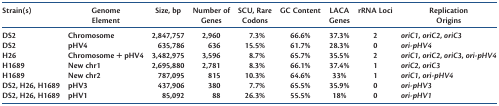
<table><thead><tr><td><b>Strain(s)</b></td><td><b>Genome Element</b></td><td><b>Size, bp</b></td><td><b>Number of Genes</b></td><td><b>SCU, Rare Codons</b></td><td><b>GC Content</b></td><td><b>LACA Genes</b></td><td><b>rRNA Loci</b></td><td><b>Replication Origins</b></td></tr></thead><tbody><tr><td>DS2</td><td>Chromosome</td><td>2,847,757</td><td>2,960</td><td>7.3%</td><td>66.6%</td><td>37.3%</td><td>2</td><td><i>oriC1</i>, <i>oriC2</i>, <i>oriC3</i></td></tr><tr><td>DS2</td><td>pHV4</td><td>635,786</td><td>636</td><td>15.5%</td><td>61.7%</td><td>28.3%</td><td>0</td><td><i>ori-pHV4</i></td></tr><tr><td>H26</td><td>Chromosome + pHV4</td><td>3,482,975</td><td>3,596</td><td>8.7%</td><td>65.7%</td><td>35.5%</td><td>2</td><td><i>oriC1</i>, <i>oriC2</i>, <i>oriC3</i>, <i>ori-pHV4</i></td></tr><tr><td>H1689</td><td>New chr1</td><td>2,695,880</td><td>2,781</td><td>8.3%</td><td>66.1%</td><td>37.4%</td><td>1</td><td><i>oriC2</i>, <i>oriC3</i></td></tr><tr><td>H1689</td><td>New chr2</td><td>787,095</td><td>815</td><td>10.3%</td><td>64.6%</td><td>33%</td><td>1</td><td><i>oriC1</i>, <i>ori-pHV4</i></td></tr><tr><td>DS2, H26, H1689</td><td>pHV3</td><td>437,906</td><td>380</td><td>7.7%</td><td>65.5%</td><td>35.9%</td><td>0</td><td><i>ori-pHV3</i></td></tr><tr><td>DS2, H26, H1689</td><td>pHV1</td><td>85,092</td><td>88</td><td>26.3%</td><td>55.5%</td><td>18%</td><td>0</td><td><i>ori-pHV1</i></td></tr></tbody></table>